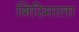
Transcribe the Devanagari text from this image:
गिरिमाला